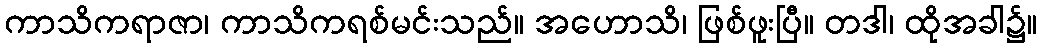
ကာသိကရာဇာ၊ ကာသိကရစ်မင်းသည်။ အဟောသိ၊ ဖြစ်ဖူးပြီ။ တဒါ၊ ထိုအခါ၌။